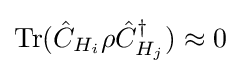
\operatorname {Tr} ({\hat {C}}_{H_{i}}\rho {\hat {C}}_{H_{j}}^{\dagger })\approx 0